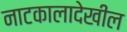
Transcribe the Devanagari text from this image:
नाटकालादेखील